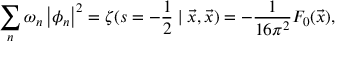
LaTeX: \sum _ { n } \omega _ { n } \left| \phi _ { n } \right| ^ { 2 } = \zeta ( s = - \frac { 1 } { 2 } \mid \vec { x } , \vec { x } ) = - \frac { 1 } { 1 6 \pi ^ { 2 } } F _ { 0 } ( \vec { x } ) ,